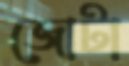
জোটা